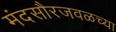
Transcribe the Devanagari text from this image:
मंदसौरजवळच्या